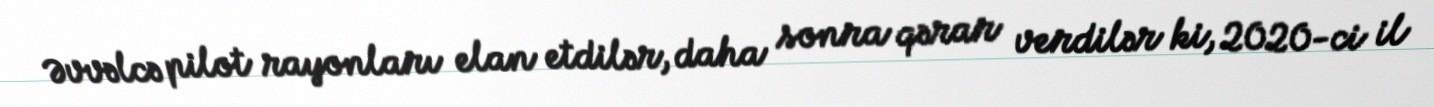
Əvvəlcə pilot rayonları elan etdilər, daha sonra qərar verdilər ki, 2020-ci il